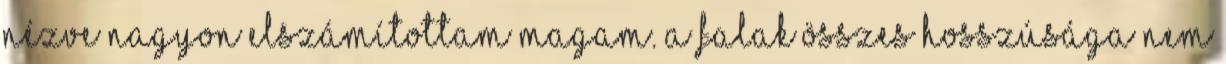
nézve nagyon elszámítottam magam. A falak összes hosszúsága nem